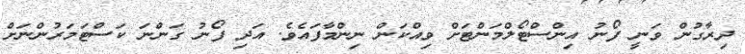
ދިރާގުން ވަނީ ފޯނު އިންސްޓޯލްމަންޓަށް ވިއްކަން ނިންމާފައެވެ. އަދި ފޯނު ގަންނަ ކަސްޓަމަރުންނަށް